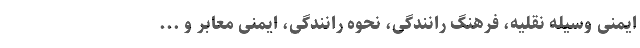
ایمنی وسیله نقلیه، فرهنگ رانندگی، نحوه رانندگی، ایمنی معابر و ...